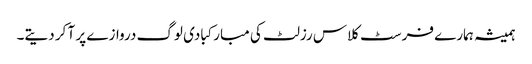
ہمیشہ ہمارے فرسٹ کلاس رزلٹ کی مبارکبادی لوگ دروازے پر آ کر دیتے۔